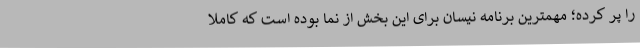
را پر کرده؛ مهمترین برنامه نیسان برای این بخش از نما بوده است که کاملا